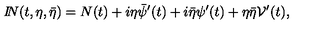
{ I \! \! N } ( t , \eta , \bar { \eta } ) = N ( t ) + i \eta \bar { \psi } ^ { \prime } ( t ) + i \bar { \eta } \psi ^ { \prime } ( t ) + \eta \bar { \eta } { \cal V } ^ { \prime } ( t ) ,